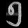
Digit: ၅